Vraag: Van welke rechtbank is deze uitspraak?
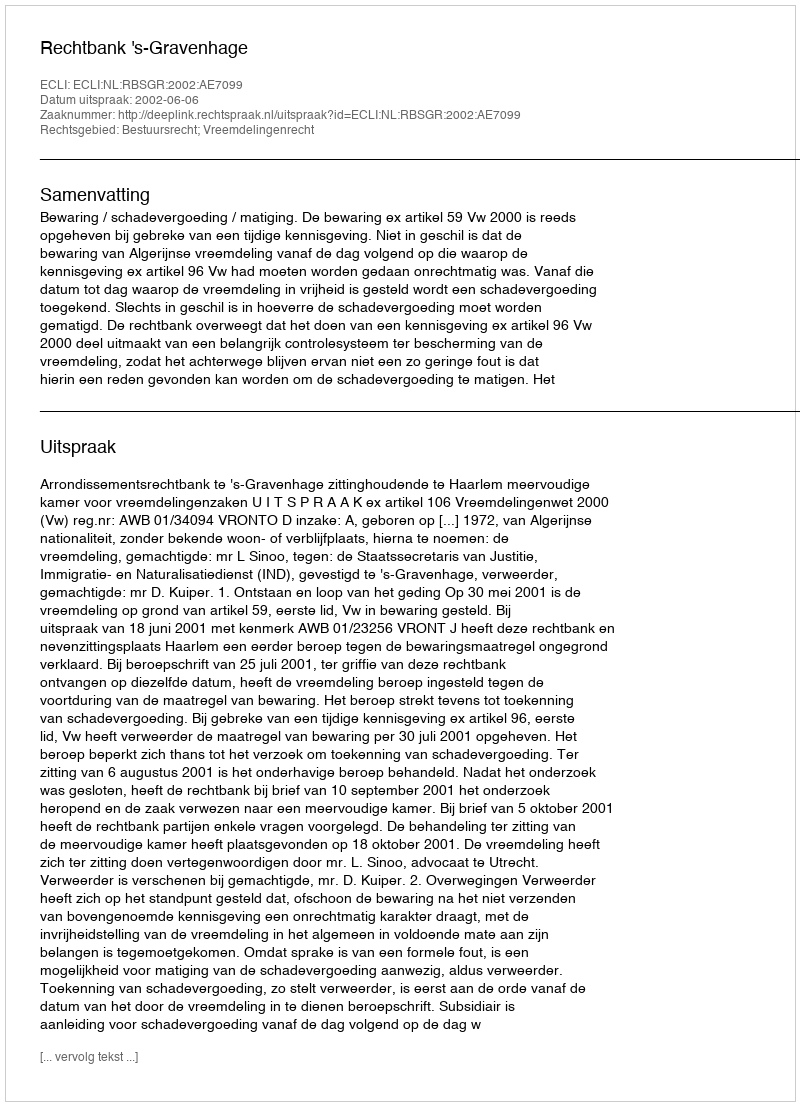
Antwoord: Rechtbank 's-Gravenhage